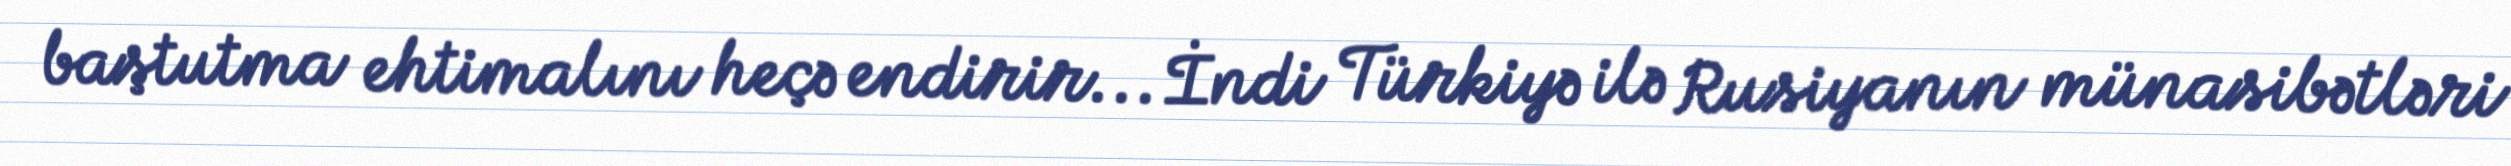
baştutma ehtimalını heçə endirir... İndi Türkiyə ilə Rusiyanın münasibətləri